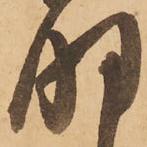
明